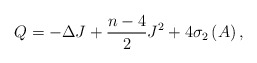
\begin{align*}Q=-\Delta J+\frac{n-4}{2}J^{2}+4\sigma _{2}\left( A\right) , \end{align*}